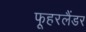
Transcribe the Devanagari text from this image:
फूहरलैंडर